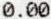
0.00